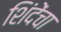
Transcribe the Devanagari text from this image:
शिंदेंचा